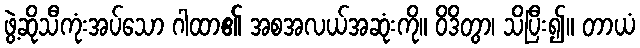
ဖွဲ့ဆိုသီကုံးအပ်သော ဂါထာ၏ အစအလယ်အဆုံးကို။ ဝိဒိတွာ၊ သိပြီး၍။ တာယံ